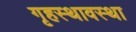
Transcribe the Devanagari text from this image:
गृहस्थावस्था